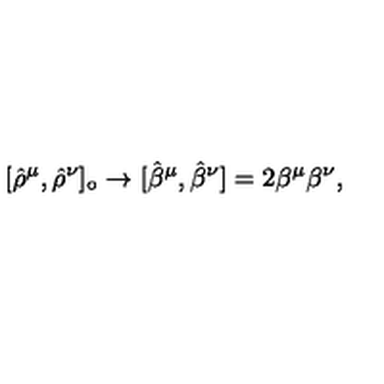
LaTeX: [ { \hat { \rho } } ^ { \mu } , { \hat { \rho } } ^ { \nu } ] _ { \circ } \rightarrow [ { \hat { \beta } } ^ { \mu } , { \hat { \beta } } ^ { \nu } ] = 2 \beta ^ { \mu } \beta ^ { \nu } ,